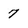
Character: 7